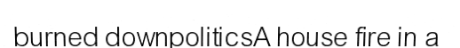
burned downpoliticsA house fire in a